Etiology and epidemiology of plague
Disease focus: Plague
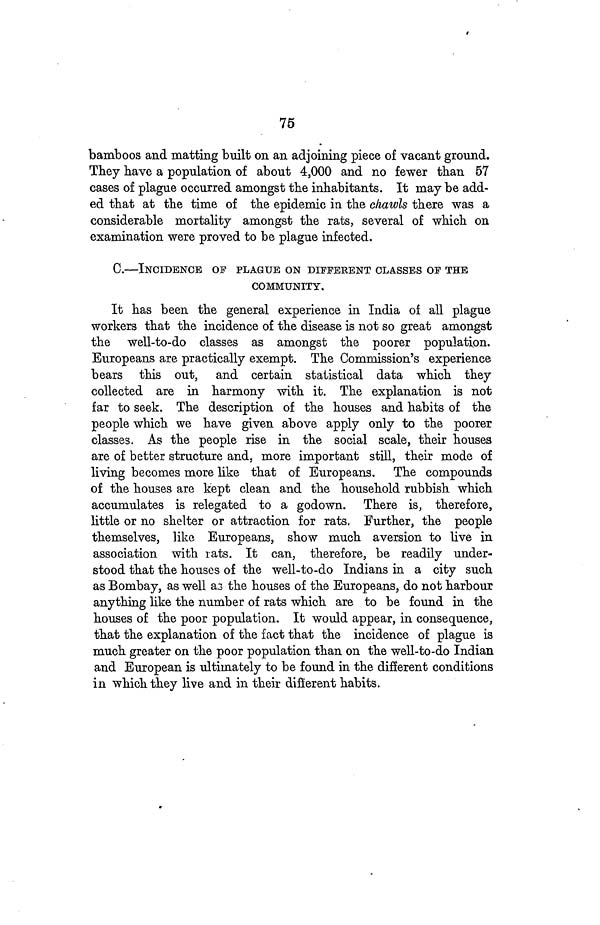
75
bamboos and matting built on an adjoining piece of vacant ground.
They have a population of about 4,000 and no fewer than 57
cases of plague occurred amongst the inhabitants. It may be add-
ed that at the time of the epidemic in the chawls there was a
considerable mortality amongst the rats, several of which on
examination were proved to be plague infected.
C.—INCIDENCE OF PLAGUE ON DIFFERENT CLASSES OF THE
COMMUNITY.
It has been the general experience in India of all plague
workers that the incidence of the disease is not so great amongst
the well-to-do classes as amongst the poorer population.
Europeans are practically exempt. The Commission's experience
bears this out, and certain statistical data which they
collected are in harmony with it. The explanation is not
far to seek. The description of the houses and habits of the
people which we have given above apply only to the poorer
classes. As the people rise in the social scale, their houses
are of better structure and, more important still, their mode of
living becomes more like that of Europeans. The compounds
of the houses are kept clean and the household rubbish which
accumulates is relegated to a godown. There is, therefore,
little or no shelter or attraction for rats. Further, the people
themselves, like Europeans, show much aversion to live in
association with rats. It can, therefore, be readily under-
stood that the houses of the well-to-do Indians in a city such
as Bombay, as well as the houses of the Europeans, do not harbour
anything like the number of rats which are to be found in the
houses of the poor population. It would appear, in consequence,
that the explanation of the fact that the incidence of plague is
much greater on the poor population than on the well-to-do Indian
and European is ultimately to be found in the different conditions
in which they live and in their different habits.